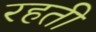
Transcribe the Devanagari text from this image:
रहती